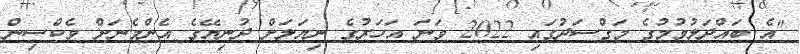
"އެ ބައްދަލުވުމުގެ މަގްސަދުގައި 2022 ވަނަ އަހަރުގެ ނިޔަލަށް ދުނިޔޭގެ އެންމެނަށް ވެކްސިން